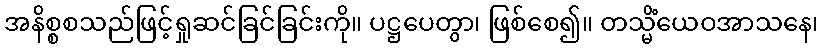
အနိစ္စစသည်ဖြင့်ရှုဆင်ခြင်ခြင်းကို။ ပဋ္ဌပေတွာ၊ ဖြစ်စေ၍။ တသ္မိံယေဝအာသနေ၊